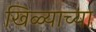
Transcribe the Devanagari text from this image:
खिळ्याच्या